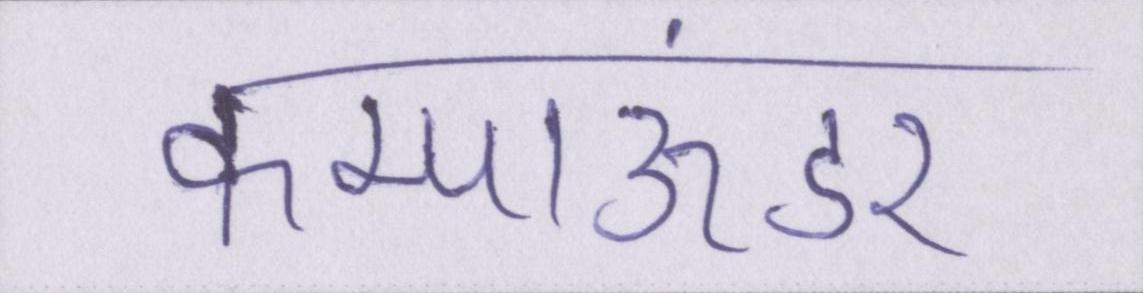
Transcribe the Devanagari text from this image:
कम्पाऊंडर